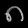
Digit: ၈